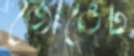
জোভেট